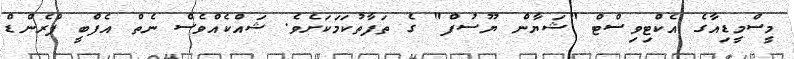
މީސްމީޑިއާގެ އެކްޓިވިސްޓް "ޝަޔާން ޔޫސުފް" ގެ ތަފާތުކަމަކަށެވެ. ޝައްކެއްވެސް ނެތް އެފްބީ ފްރެންޑް